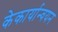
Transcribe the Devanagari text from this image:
केकार्यान्वयन